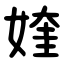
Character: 㛻